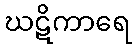
ဃဋိကာရေ